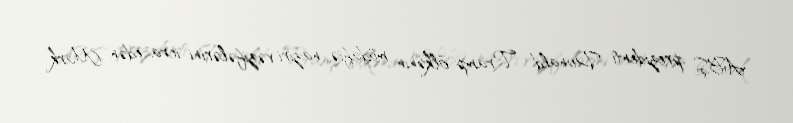
ABŞ prezidenti Donald Tramp ölkənin müdafiə naziri vəzifələrini icra edən Mark